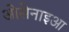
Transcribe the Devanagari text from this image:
ओसेनाइआ